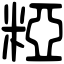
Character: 𥺼